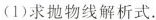
(1)求抛物线解析式。